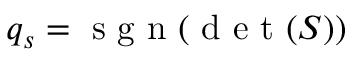
q _ { s } = \mathrm { ~ s ~ g ~ n ~ } ( \mathrm { ~ d ~ e ~ t ~ } ( S ) )